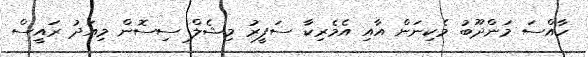
ހާއްސަ މަންދޫބު މެކިނަން އާއި އެމެރިކާ ސަފީރު މިޝެލް ސިސޮން މިއަދު ރައީސް